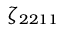
\zeta _ { 2 2 1 1 }